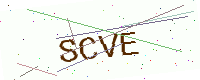
Text: SCVE